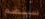
سينضم